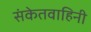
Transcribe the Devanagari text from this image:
संकेतवाहिनी